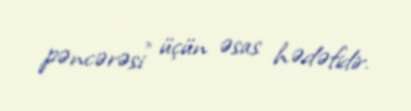
pəncərəsi” üçün əsas hədəfidir.